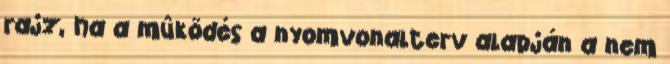
rajz, ha a mûködés a nyomvonalterv alapján a nem